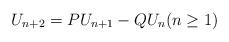
LaTeX: \begin{align*} U_{n+2} = PU_{n+1} - QU_{n} (n \ge 1)\end{align*}